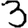
Digit: 3